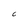
Character: C